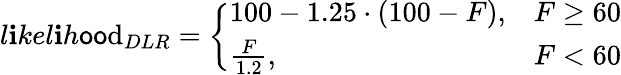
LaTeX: l\mathbf{i}kel\mathbf{i}h\mathsf{o}\mathsf{o}\mathrm{d}_{DLR}=\left\{ \begin{array}{ll}{100-1.25\cdot(100-F),}&{F\geq 60}\\ {\frac{F}{1.2},}&{F<60}\end{array}\right.